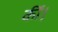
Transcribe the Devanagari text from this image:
कींं।